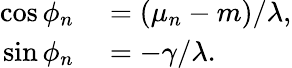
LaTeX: \begin{array}{rl}{\cos\phi_{n}}&{{}=(\mu_{n}-m)/\lambda,}\\ {\sin\phi_{n}}&{{}=-\gamma/\lambda.}\end{array}